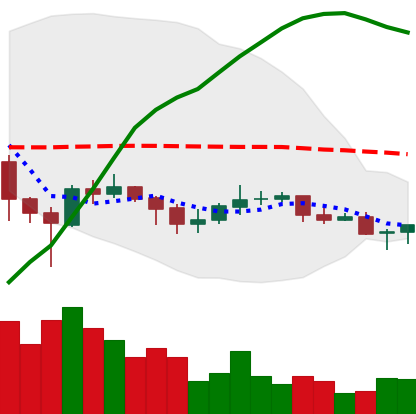
Ticker: XLM-USD
Chart end date: 2021-06-09
Forward return: -4.389%
Label: down_3_5